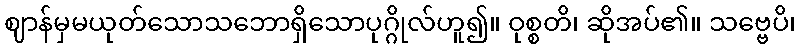
ဈာန်မှမယုတ်သောသဘောရှိသောပုဂ္ဂိုလ်ဟူ၍။ ဝုစ္စတိ၊ ဆိုအပ်၏။ သဗ္ဗေပိ၊